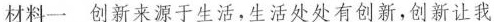
材料一 创新来源于生活，生活处处有创新，创新让我